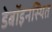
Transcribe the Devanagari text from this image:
डेबॉइनस्थित